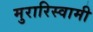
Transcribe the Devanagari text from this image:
मुरारिस्वामी